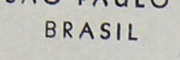
BRASIL